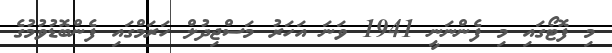
މި ފޮޓޯގައި މި ފެންނަނީ 1941 ވަނަ އަހަރު މަސްޖިދުލް ހަރަމްގައި ފެންބޮޑުވުމުގެ